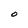
Character: O